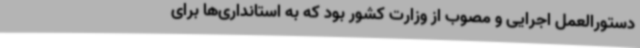
دستورالعمل اجرایی و مصوب از وزارت کشور بود که به استانداری‌ها برای